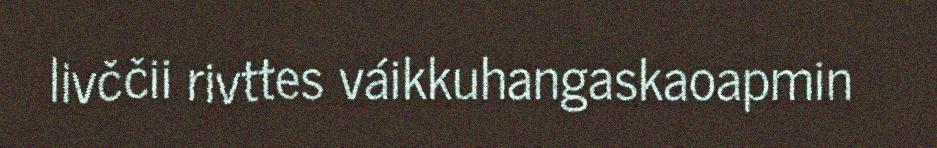
livččii rivttes váikkuhangaskaoapmin